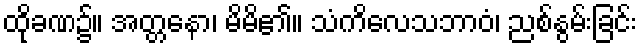
ထိုခဏ၌။ အတ္တနော၊ မိမိ၏။ သံကိလေသဘာဝံ၊ ညစ်နွမ်းခြင်း